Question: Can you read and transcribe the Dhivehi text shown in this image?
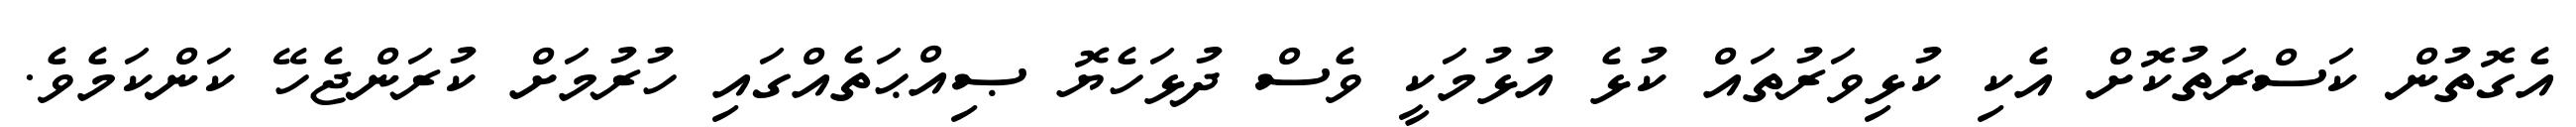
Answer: އެގޮތުން ކަސްރަތުކޮށް އެކި ކުޅިވަރުތައް ކުޅެ އުޅުމަކީ ވެސް ދުޅަހެޔޮ ޞިއްޙަތެއްގައި ހުރުމަށް ކުރަންޖެހޭ ކަންކަމެވެ.